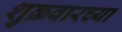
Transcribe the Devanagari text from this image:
शुक्रवारच्या